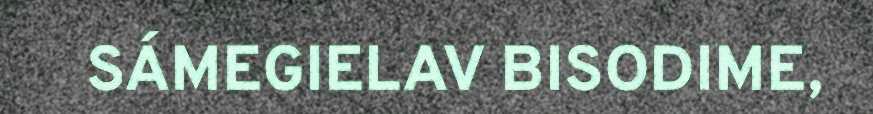
SÁMEGIELAV BISODIME,